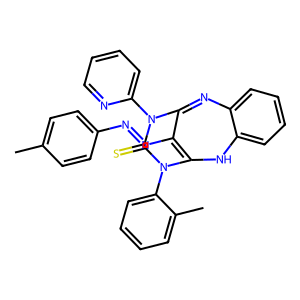
SMILES: Cc1ccc(N=NC2=C3Nc4ccccc4N=C2N(c2ccccn2)C(=S)N3c2ccccc2C)cc1
Inhibits HIV replication: No